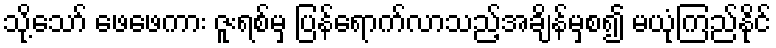
သို့သော် ဖေဖေကား ဇူးရစ်မှ ပြန်ရောက်လာသည့်အချိန်မှစ၍ မယုံကြည်နိုင်